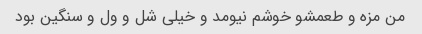
من مزه و طعمشو خوشم نیومد و خیلی شل و ول و سنگین بود